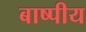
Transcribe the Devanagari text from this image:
बाष्पीय